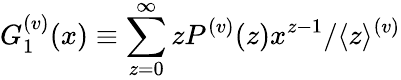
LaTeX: G_{1}^{(v)}(x)\equiv\sum_{z=0}^{\infty}zP^{(v)}(z)x^{z-1}/\langle z\rangle^{(v)}